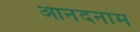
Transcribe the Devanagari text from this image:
आनंदनाम